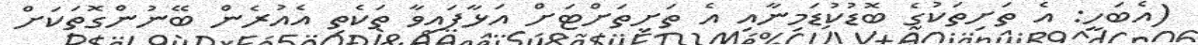
(އެބަހީ: އެ ތަށިތަކުގެ ބޮޑުކުޑަމިނާއި އެ ތަށިތަށްޓަށް އަޅާފައިވާ ތަކެތި އެއުރެން ބޭނުންގޮތަކަށް